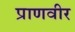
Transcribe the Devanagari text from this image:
प्राणवीर